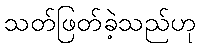
သတ်ဖြတ်ခဲ့သည်ဟု